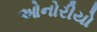
ઓનોરીયો